Note on the mental hospitals in Burma - 1925-1940
Year: 1925
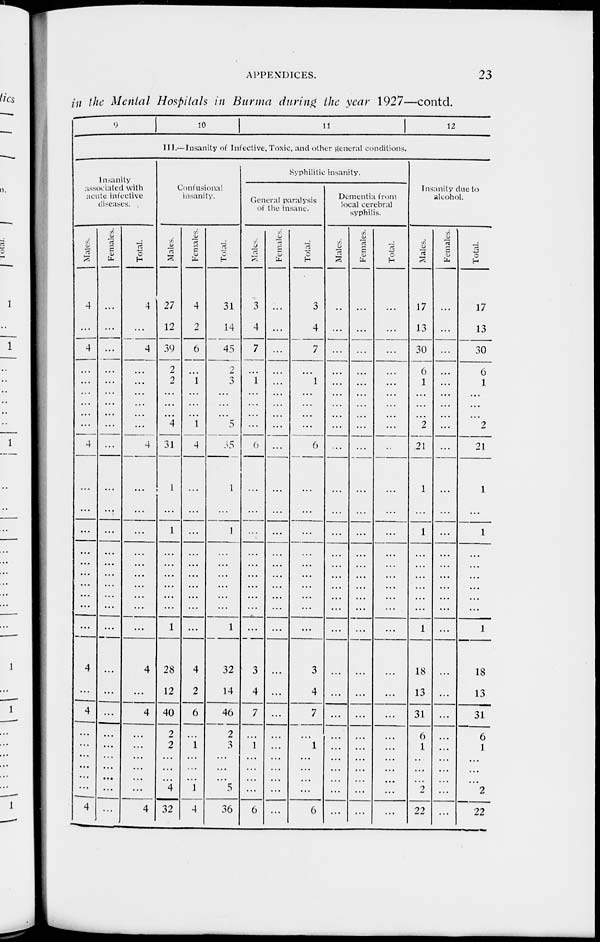
APPENDICES.
23
in the Mental Hospitals in Burma during the year 1927—contd.
9
10
11
12
III.— Insanity of Infective, Toxic, and other general conditions.
Insanity
associated with
acute infective
diseases.
Males.
4
...
4
...
...
...
...
...
...
4
...
...
...
...
...
...
...
...
...
...
4
...
4
...
...
...
...
...
4
Females.
...
...
...
...
...
...
...
...
...
...
...
...
...
...
...
...
...
...
...
...
...
...
...
...
...
...
...
...
...
Total.
4
...
4
...
...
...
...
...
...
4
...
...
...
...
...
...
...
...
...
...
4
...
4
...
...
...
...
...
4
Confusional
insanity.
Males.
27
12
39
2
2
...
...
...
4
31
1
...
1
...
...
...
...
...
...
1
28
12
40
2
2
...
...
4
32
Females.
4
2
6
...
1
...
...
...
1
4
...
...
...
...
...
...
...
...
...
...
4
2
6
...
1
...
...
1
4
Tolal.
31
14
45
2
3
...
...
...
5
35
1
...
1
...
...
...
...
...
...
1
32
14
46
2
3
...
...
5
36
Syphilitic insanity.
General paralysis
of the insane.
Males.
3
4
7
...
1
...
...
...
...
6
...
...
...
...
...
...
...
...
...
...
3
4
7
...
1
...
...
...
6
Females.
...
...
...
...
...
...
...
...
...
...
...
...
...
...
...
...
...
...
...
...
...
...
...
...
...
...
...
...
...
Total.
3
4
7
...
1
...
...
...
...
6
...
...
...
...
...
...
...
...
...
...
3
4
7
...
1
...
...
...
6
Dementia from
local cerebral
syphilis.
Males.
...
...
...
...
...
...
...
...
...
...
...
...
...
...
...
...
...
...
...
...
...
...
...
...
...
...
...
...
...
Females.
...
...
...
...
...
...
...
...
...
...
...
...
...
...
...
...
...
...
...
...
...
...
...
...
...
...
...
...
...
Total.
...
...
...
...
...
...
...
...
...
...
...
...
...
...
...
...
...
...
...
...
...
...
...
...
...
...
...
...
...
Insanity due to
alcohol.
Males.
17
13
30
6
1
...
...
...
2
21
1
...
1
...
...
...
...
...
...
1
18
13
31
6
1
...
...
2
22
Females.
...
...
...
...
...
...
...
...
...
...
...
...
...
...
...
...
...
...
...
...
...
...
...
...
...
...
...
...
...
Total.
17
13
30
6
1
...
...
...
2
21
1
...
1
...
...
...
...
...
...
1
18
13
31
6
1
...
...
2
22